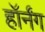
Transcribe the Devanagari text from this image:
हॉर्नंग